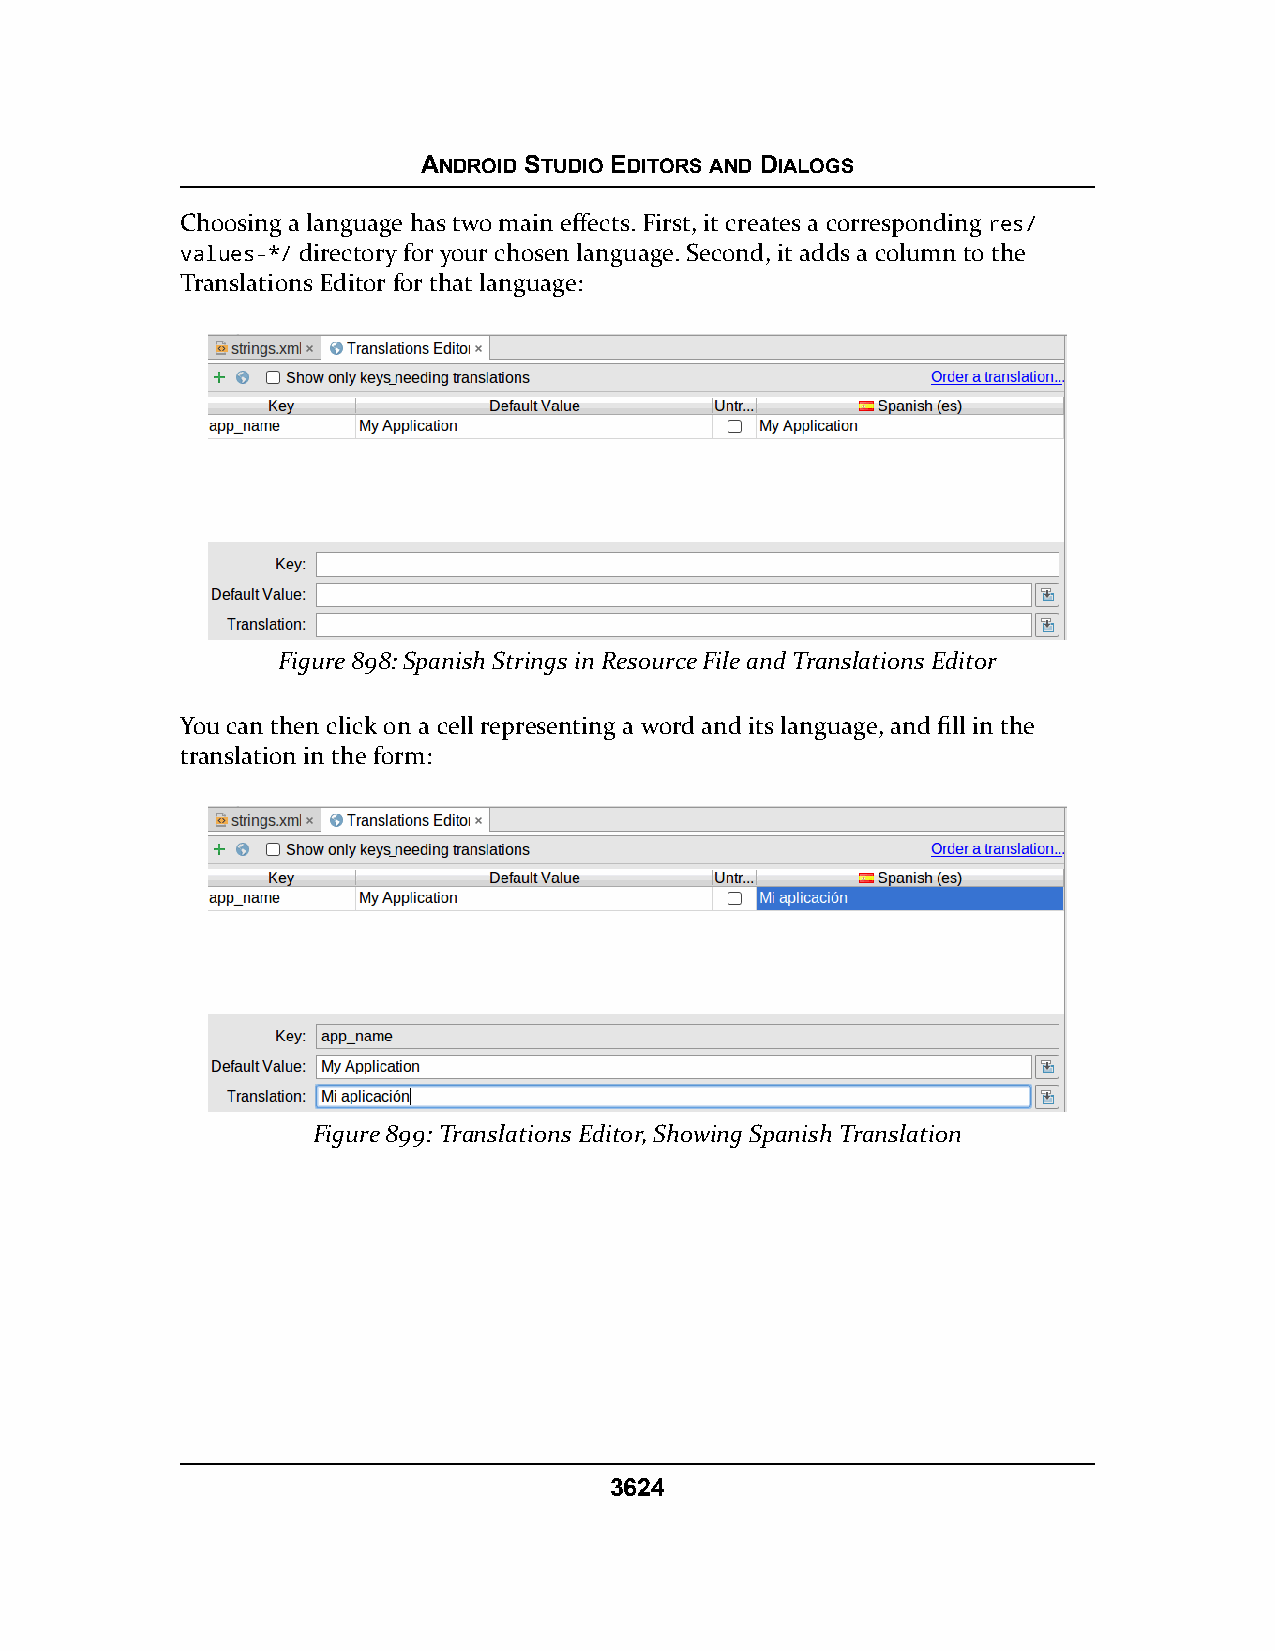
ANDROID STUDIO EDITORS AND DIALOGS
 Choosing a language has two main effects. First, it creates a corresponding res/
 values-*/ directory for your chosen language. Second, it adds a column to the
 Translations Editor for that language:
 Figure 898: Spanish Strings in Resource File and Translations Editor
 You can then click on a cell representing a word and its language, and fill in the
 translation in the form:
 Figure 899: Translations Editor, Showing Spanish Translation
 3624